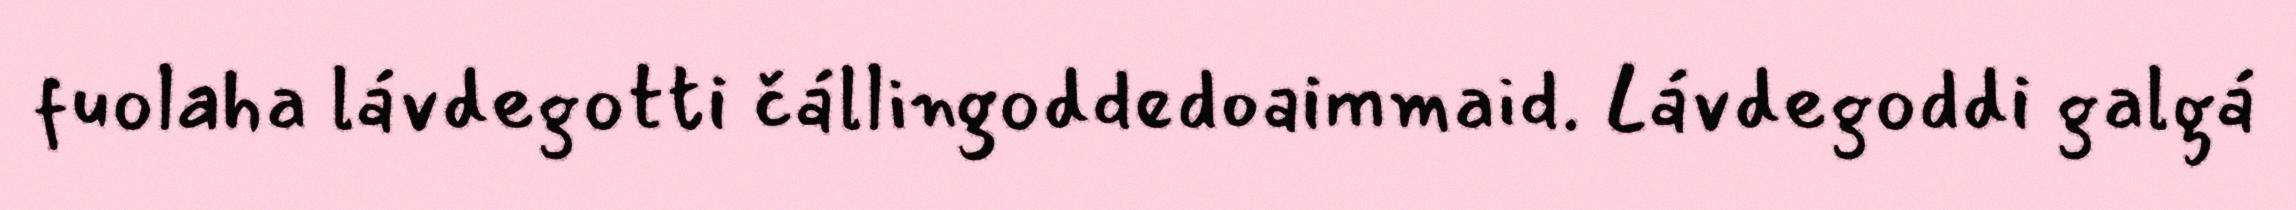
fuolaha lávdegotti čállingoddedoaimmaid. Lávdegoddi galgá